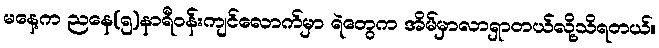
မနေ့က ညနေ(၅)နာရီဝန်းကျင်လောက်မှာ ရဲတွေက အိမ်မှာလာရှာတယ်လို့သိရတယ်။